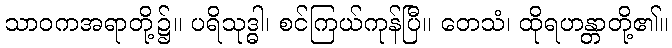
သာဝကအရာတို့၌။ ပရိသုဒ္ဓါ၊ စင်ကြယ်ကုန်ပြီ။ တေသံ၊ ထိုရဟန္တာတို့၏။